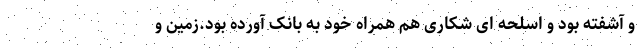
و آشفته بود و اسلحه ای شکاری هم همراه خود به بانک آورده بود.زمین و